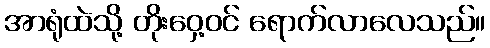
အာရုံထဲသို့ တိုးဝှေ့ဝင် ရောက်လာလေသည်။